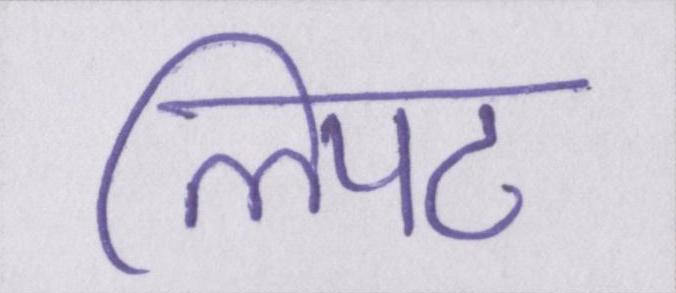
लिपट